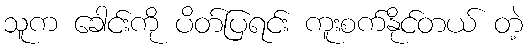
သူက ခေါင်းကို ပိတ်ပြရင်း ကူးစက်နိုင်တယ် တဲ့